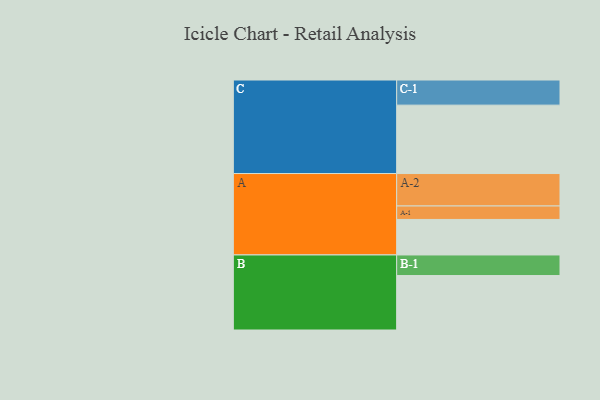
{"axis": {"x": "Segment", "y": "Value"}, "legend": ["", "A", "B", "C"], "data": [{"x": "A", "y": 311, "type": ""}, {"x": "B", "y": 477, "type": ""}, {"x": "C", "y": 599, "type": ""}, {"x": "A-1", "y": 118, "type": "A"}, {"x": "A-2", "y": 284, "type": "A"}, {"x": "B-1", "y": 180, "type": "B"}, {"x": "C-1", "y": 220, "type": "C"}]}